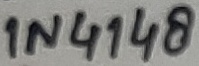
Text: 1N4148